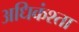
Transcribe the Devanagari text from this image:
अधिकंश्ता